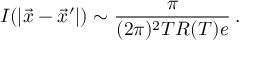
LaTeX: I ( | \vec { x } - \vec { x } ^ { \prime } | ) \sim \frac { \pi } { ( 2 \pi ) ^ { 2 } T R ( T ) e } \: .